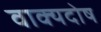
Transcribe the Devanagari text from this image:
वाक्यदोष